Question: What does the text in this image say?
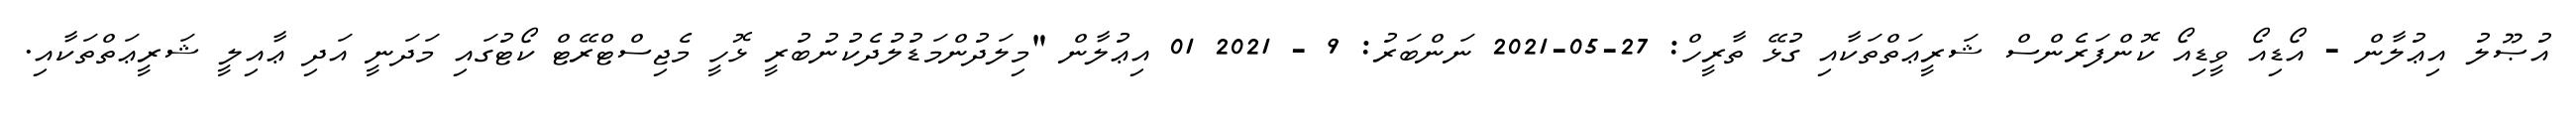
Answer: އުޞޫލު އިޢުލާން - އޯޑިއޯ ވީޑިއޯ ކޮންފަރެންސް ޝަރީޢަތްތަކާއި ގުޅޭ ތާރީހް: 27-05-2021 ނަންބަރު: 9 - 2021 01 އިޢުލާން "މިލަދުންމަޑުލުދެކުނުބުރީ ޅޮހީ މެޖިސްޓްރޭޓް ކޯޓުގައި މަދަނީ އަދި ޢާއިލީ ޝަރީޢަތްތަކާއި.